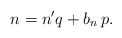
\begin{align*}n= n^\prime q + b_n\, p.\end{align*}